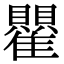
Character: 𬯵